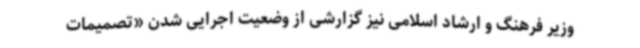
وزیر فرهنگ و ارشاد اسلامی نیز گزارشی از وضعیت اجرایی شدن «تصمیمات